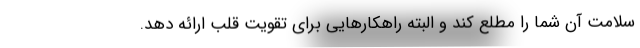
سلامت آن شما را مطلع کند و البته راهکارهایی برای تقویت قلب ارائه دهد.